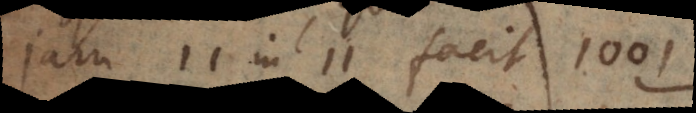
Jam 11 in 11 facit 1001: